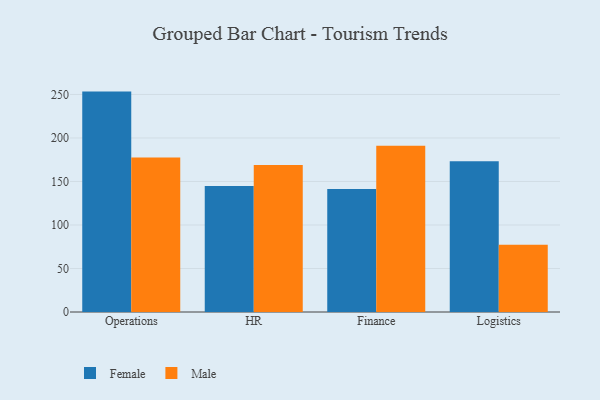
{"axis": {"x": "Department", "y": "Conversion Rate (%)"}, "legend": ["Female", "Male"], "data": [{"x": "Operations", "y": 253.3, "type": "Female"}, {"x": "Operations", "y": 177.6, "type": "Male"}, {"x": "HR", "y": 144.8, "type": "Female"}, {"x": "HR", "y": 169.0, "type": "Male"}, {"x": "Finance", "y": 141.3, "type": "Female"}, {"x": "Finance", "y": 191.0, "type": "Male"}, {"x": "Logistics", "y": 173.2, "type": "Female"}, {"x": "Logistics", "y": 77.3, "type": "Male"}]}